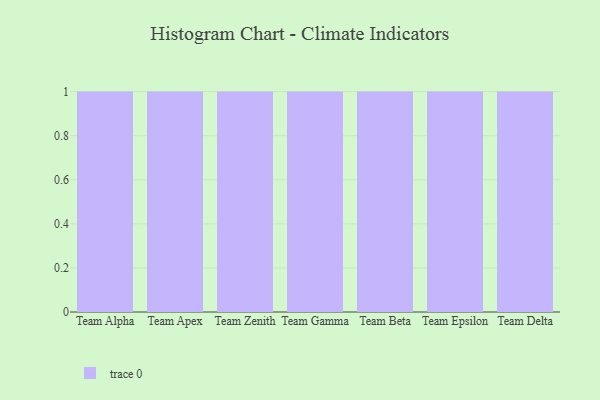
{"axis": {"x": "Team", "y": "Humidity (%)"}, "legend": [""], "data": [{"x": "Team Alpha", "y": 89, "type": ""}, {"x": "Team Apex", "y": 1, "type": ""}, {"x": "Team Zenith", "y": 26, "type": ""}, {"x": "Team Gamma", "y": 8, "type": ""}, {"x": "Team Beta", "y": 12, "type": ""}, {"x": "Team Epsilon", "y": 40, "type": ""}, {"x": "Team Delta", "y": 20, "type": ""}]}